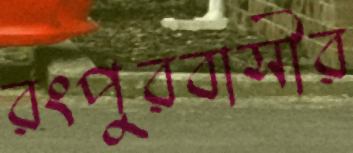
রংপুরবাসীর